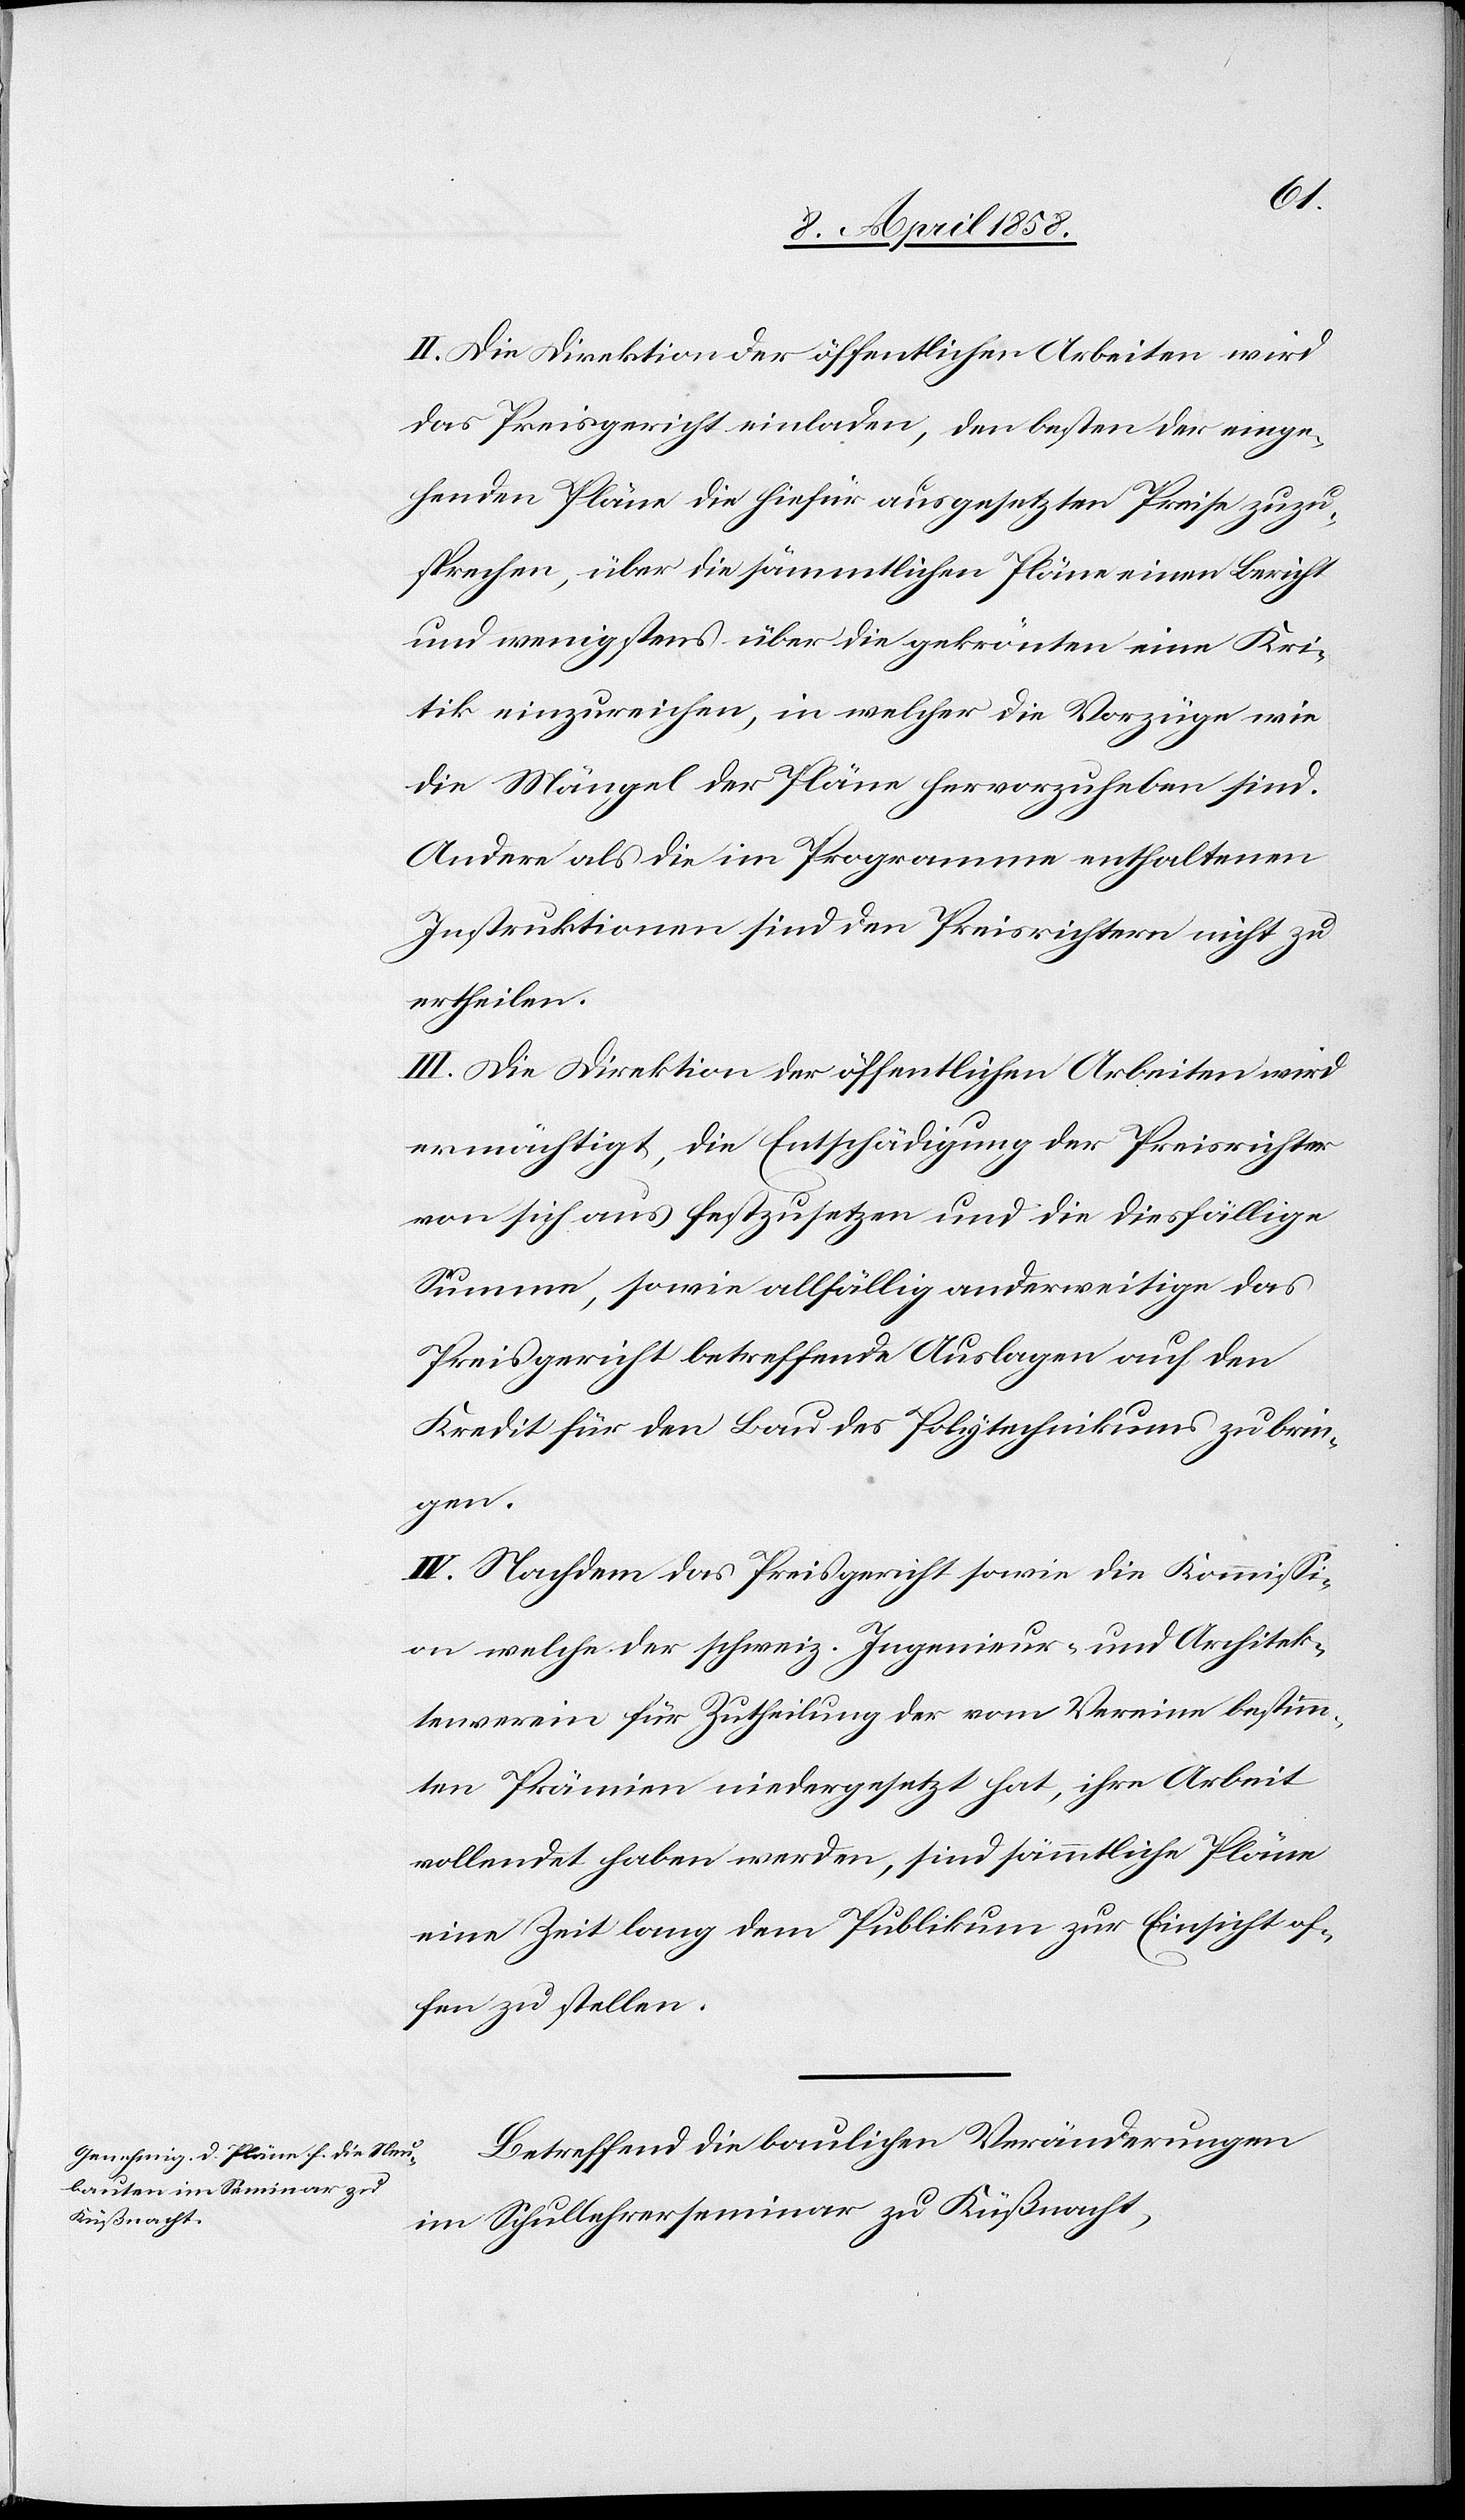
II. Die Direktion der öffentlichen Arbeiten wird
das Preisgericht einladen, der besten der einge¬
henden Pläne die hiefür ausgesetzten Preise zuzu¬
sprechen, über die sämmtlichen Pläne einen Bericht
und wenigstens über die gekrönten eine Kri¬
tik einzureichen, in welcher die Vorzüge wie
die Mängel der Pläne hervorzuheben sind.
Andere als die im Programme enthaltenen
Instruktionen sind den Preisrichtern nicht zu
ertheilen.
III. Die Direktion der öffentlichen Arbeiten wird
ermächtigt, die Entschädigung der Preisrichter
von sich aus festzusetzen und die diesfällige
Summe, sowie allfällig anderweitige das
Preisgericht betreffende Auslagen auf den
Kredit für den Bau des Polytechnikums zu brin¬
gen.
IV. Nachdem das Preisgericht sowie die Kommissi¬
on welche der schweiz. Ingenieur- und Architek¬
tenverein für Zutheilung der vom Verein bestimm¬
ten Prämien niedergesetzt hat, ihre Arbeit
vollendet haben werden, sind sämmtliche Pläne
eine Zeit lang dem Publikum zur Einsicht of¬
fen zu stellen.
Betreffend die baulichen Veränderungen
im Schullehrerseminar zu Küßnacht,